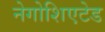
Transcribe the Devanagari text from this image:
नेगोशिएटेड